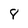
Character: 8